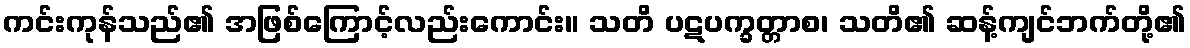
ကင်းကုန်သည်၏ အဖြစ်ကြောင့်လည်းကောင်း။ သတိ ပဋပက္ခတ္တာစ၊ သတိ၏ ဆန့်ကျင်ဘက်တို့၏